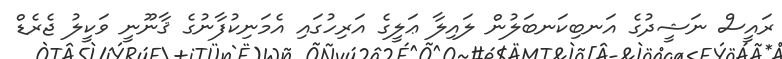
ރައީސް ނަޝީދުގެ އަނބިކަނބަލުން ލައިލާ ޢަލީގެ އަރިހުގައި އެމަނިކުފާނުގެ ޤާނޫނީ ވަކީލު ޖެރެޑް